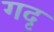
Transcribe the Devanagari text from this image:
गदृ